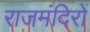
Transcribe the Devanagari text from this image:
राजमंदिरों